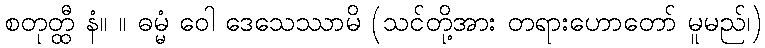
စတုတ္ထီ နံ။ ။ ဓမ္မံ ဝေါ ဒေသေဿာမိ (သင်တို့အား တရားဟောတော် မူမည်၊)